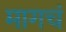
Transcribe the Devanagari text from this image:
मागचं